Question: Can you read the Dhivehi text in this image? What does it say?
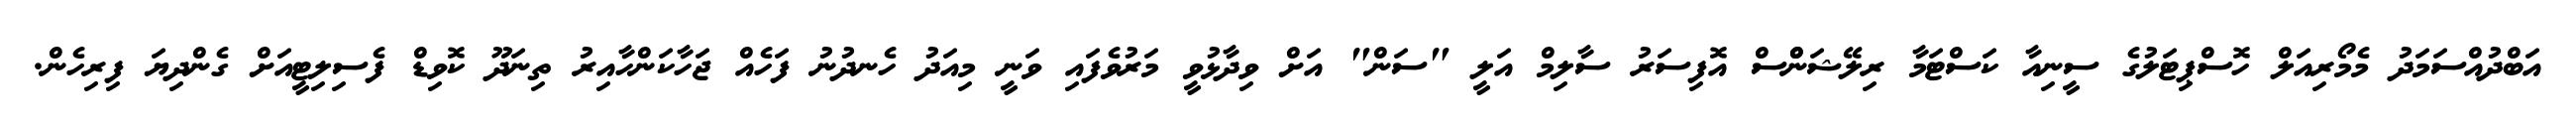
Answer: އަބްދުއްސަމަދު މެމޯރިއަލް ހޮސްޕިޓަލުގެ ސީނިއާ ކަސްޓަމާ ރިލޭޝަންްސް އޮފިސަރު ސާލިމް އަލީ "ސަން" އަށް ވިދާޅުވީ މަރުވެފައި ވަނީ މިއަދު ހެނދުނު ފަހެއް ޖަހާކަންހާއިރު ތިނަދޫ ކޮވިޑް ފެސިލިޓީއަށް ގެންދިޔަ ފިރިހެން.